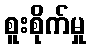
စူးစိုက်မှု